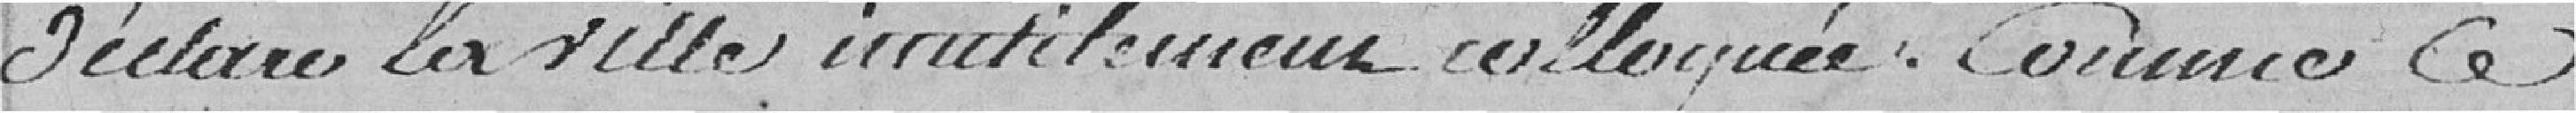
déclare la ville inutilement colloquée. Comme le